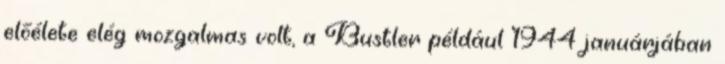
előélete elég mozgalmas volt, a Bustler például 1944 januárjában